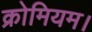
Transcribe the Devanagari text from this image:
क्रोमियम।